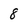
Character: 8